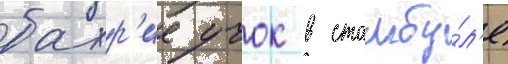
бахр'ие учок в стамбу́л'е